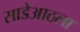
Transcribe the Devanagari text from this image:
साडेआठला